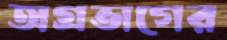
অগ্রভাগের